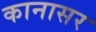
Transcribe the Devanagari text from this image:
कानासर